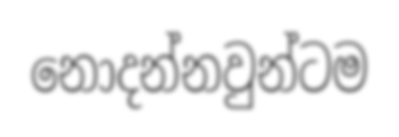
නොදන්නවුන්ටම